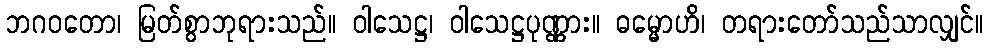
ဘဂဝတော၊ မြတ်စွာဘုရားသည်။ ဝါသေဋ္ဌ၊ ဝါသေဋ္ဌပုဏ္ဏား။ ဓမ္မောဟိ၊ တရားတော်သည်သာလျှင်။